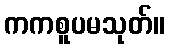
ကကစူပမသုတ်။